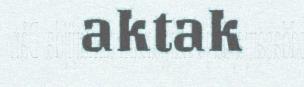
aktak